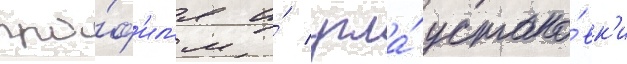
про́ф'ил'я и́ угла́ устано́вк'и